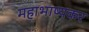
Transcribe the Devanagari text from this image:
महाभाष्यकर